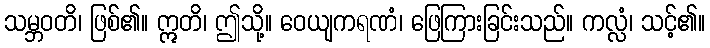
သမ္ဘဝတိ၊ ဖြစ်၏။ ဣတိ၊ ဤသို့။ ဝေယျကရဏံ၊ ဖြေကြားခြင်းသည်။ ကလ္လံ၊ သင့်၏။